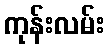
ကုန်းလမ်း